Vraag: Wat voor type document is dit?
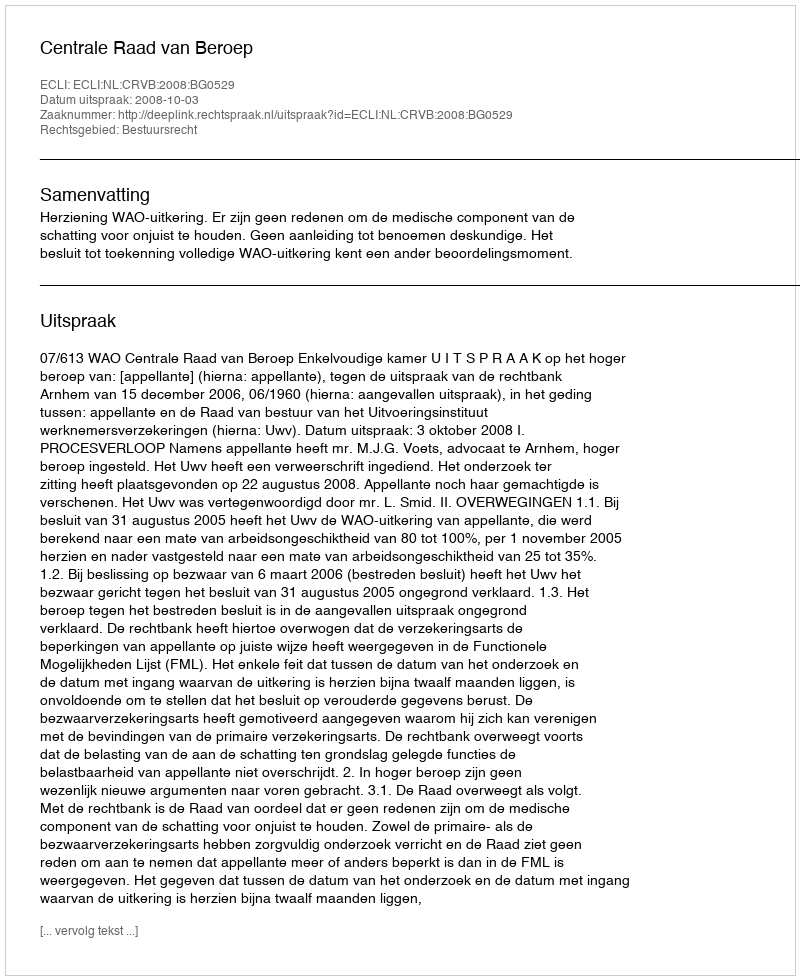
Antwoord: Uitspraak